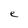
Character: e